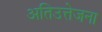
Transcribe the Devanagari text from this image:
अतिउत्तेजना